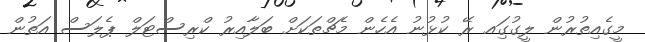
މީގެއިތުރުން ލީގުގަިއ ރޭ ކުޅުނު އެހެން މެޗްތަކަށް ބަލާއިރު ކްރިސްޓަލް ޕެލަސް އަތުން